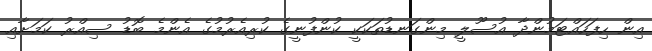
އިން ހިފަހައްޓަމުންދާ އުސޫލީ މިންގަނޑުތަކަކީ ކުންފުނީގެ ކުރިއެރުމުގެ އެންމެ ބޮޑު ސިއްރު ކަމަށާއި